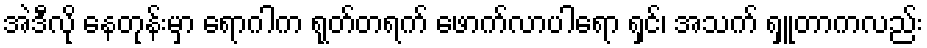
အဲဒီလို နေတုန်းမှာ ရောဂါက ရုတ်တရက် ဖောက်လာပါရော ရှင်၊ အသက် ရှူတာကလည်း